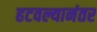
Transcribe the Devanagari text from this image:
हटवल्यानंतर